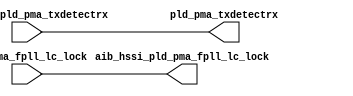
// SPDX-License-Identifier: Apache-2.0
// Copyright (C) 2019 Intel Corporation. 
module c3aibadapt_txasync_direct (
// PCS IF
input	wire		pld_pma_fpll_lc_lock,

// AIB IF
input   wire            aib_hssi_pld_pma_txdetectrx,

// PCS IF
output	wire		pld_pma_txdetectrx,

// AIB IF
output  wire            aib_hssi_pld_pma_fpll_lc_lock

);


assign pld_pma_txdetectrx            = aib_hssi_pld_pma_txdetectrx;
assign aib_hssi_pld_pma_fpll_lc_lock = pld_pma_fpll_lc_lock;

endmodule